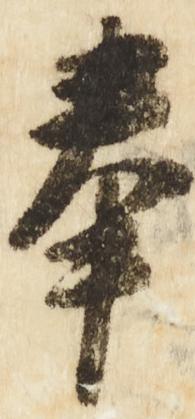
奉